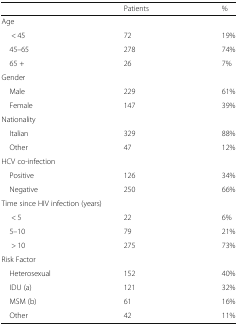
<table><thead><tr><td></td><td><b>Patients</b></td><td><b>%</b></td></tr></thead><tbody><tr><td colspan="3">Age</td></tr><tr><td>&lt; 45</td><td>72</td><td>19%</td></tr><tr><td> 45–65</td><td>278</td><td>74%</td></tr><tr><td> 65 +</td><td>26</td><td>7%</td></tr><tr><td colspan="3">Gender</td></tr><tr><td> Male</td><td>229</td><td>61%</td></tr><tr><td> Female</td><td>147</td><td>39%</td></tr><tr><td colspan="3">Nationality</td></tr><tr><td> Italian</td><td>329</td><td>88%</td></tr><tr><td> Other</td><td>47</td><td>12%</td></tr><tr><td colspan="3">HCV co-infection</td></tr><tr><td> Positive</td><td>126</td><td>34%</td></tr><tr><td> Negative</td><td>250</td><td>66%</td></tr><tr><td colspan="3">Time since HIV infection (years)</td></tr><tr><td>&lt; 5</td><td>22</td><td>6%</td></tr><tr><td> 5–10</td><td>79</td><td>21%</td></tr><tr><td>&gt; 10</td><td>275</td><td>73%</td></tr><tr><td colspan="3">Risk Factor</td></tr><tr><td> Heterosexual</td><td>152</td><td>40%</td></tr><tr><td> IDU (a)</td><td>121</td><td>32%</td></tr><tr><td> MSM (b)</td><td>61</td><td>16%</td></tr><tr><td> Other</td><td>42</td><td>11%</td></tr></tbody></table>